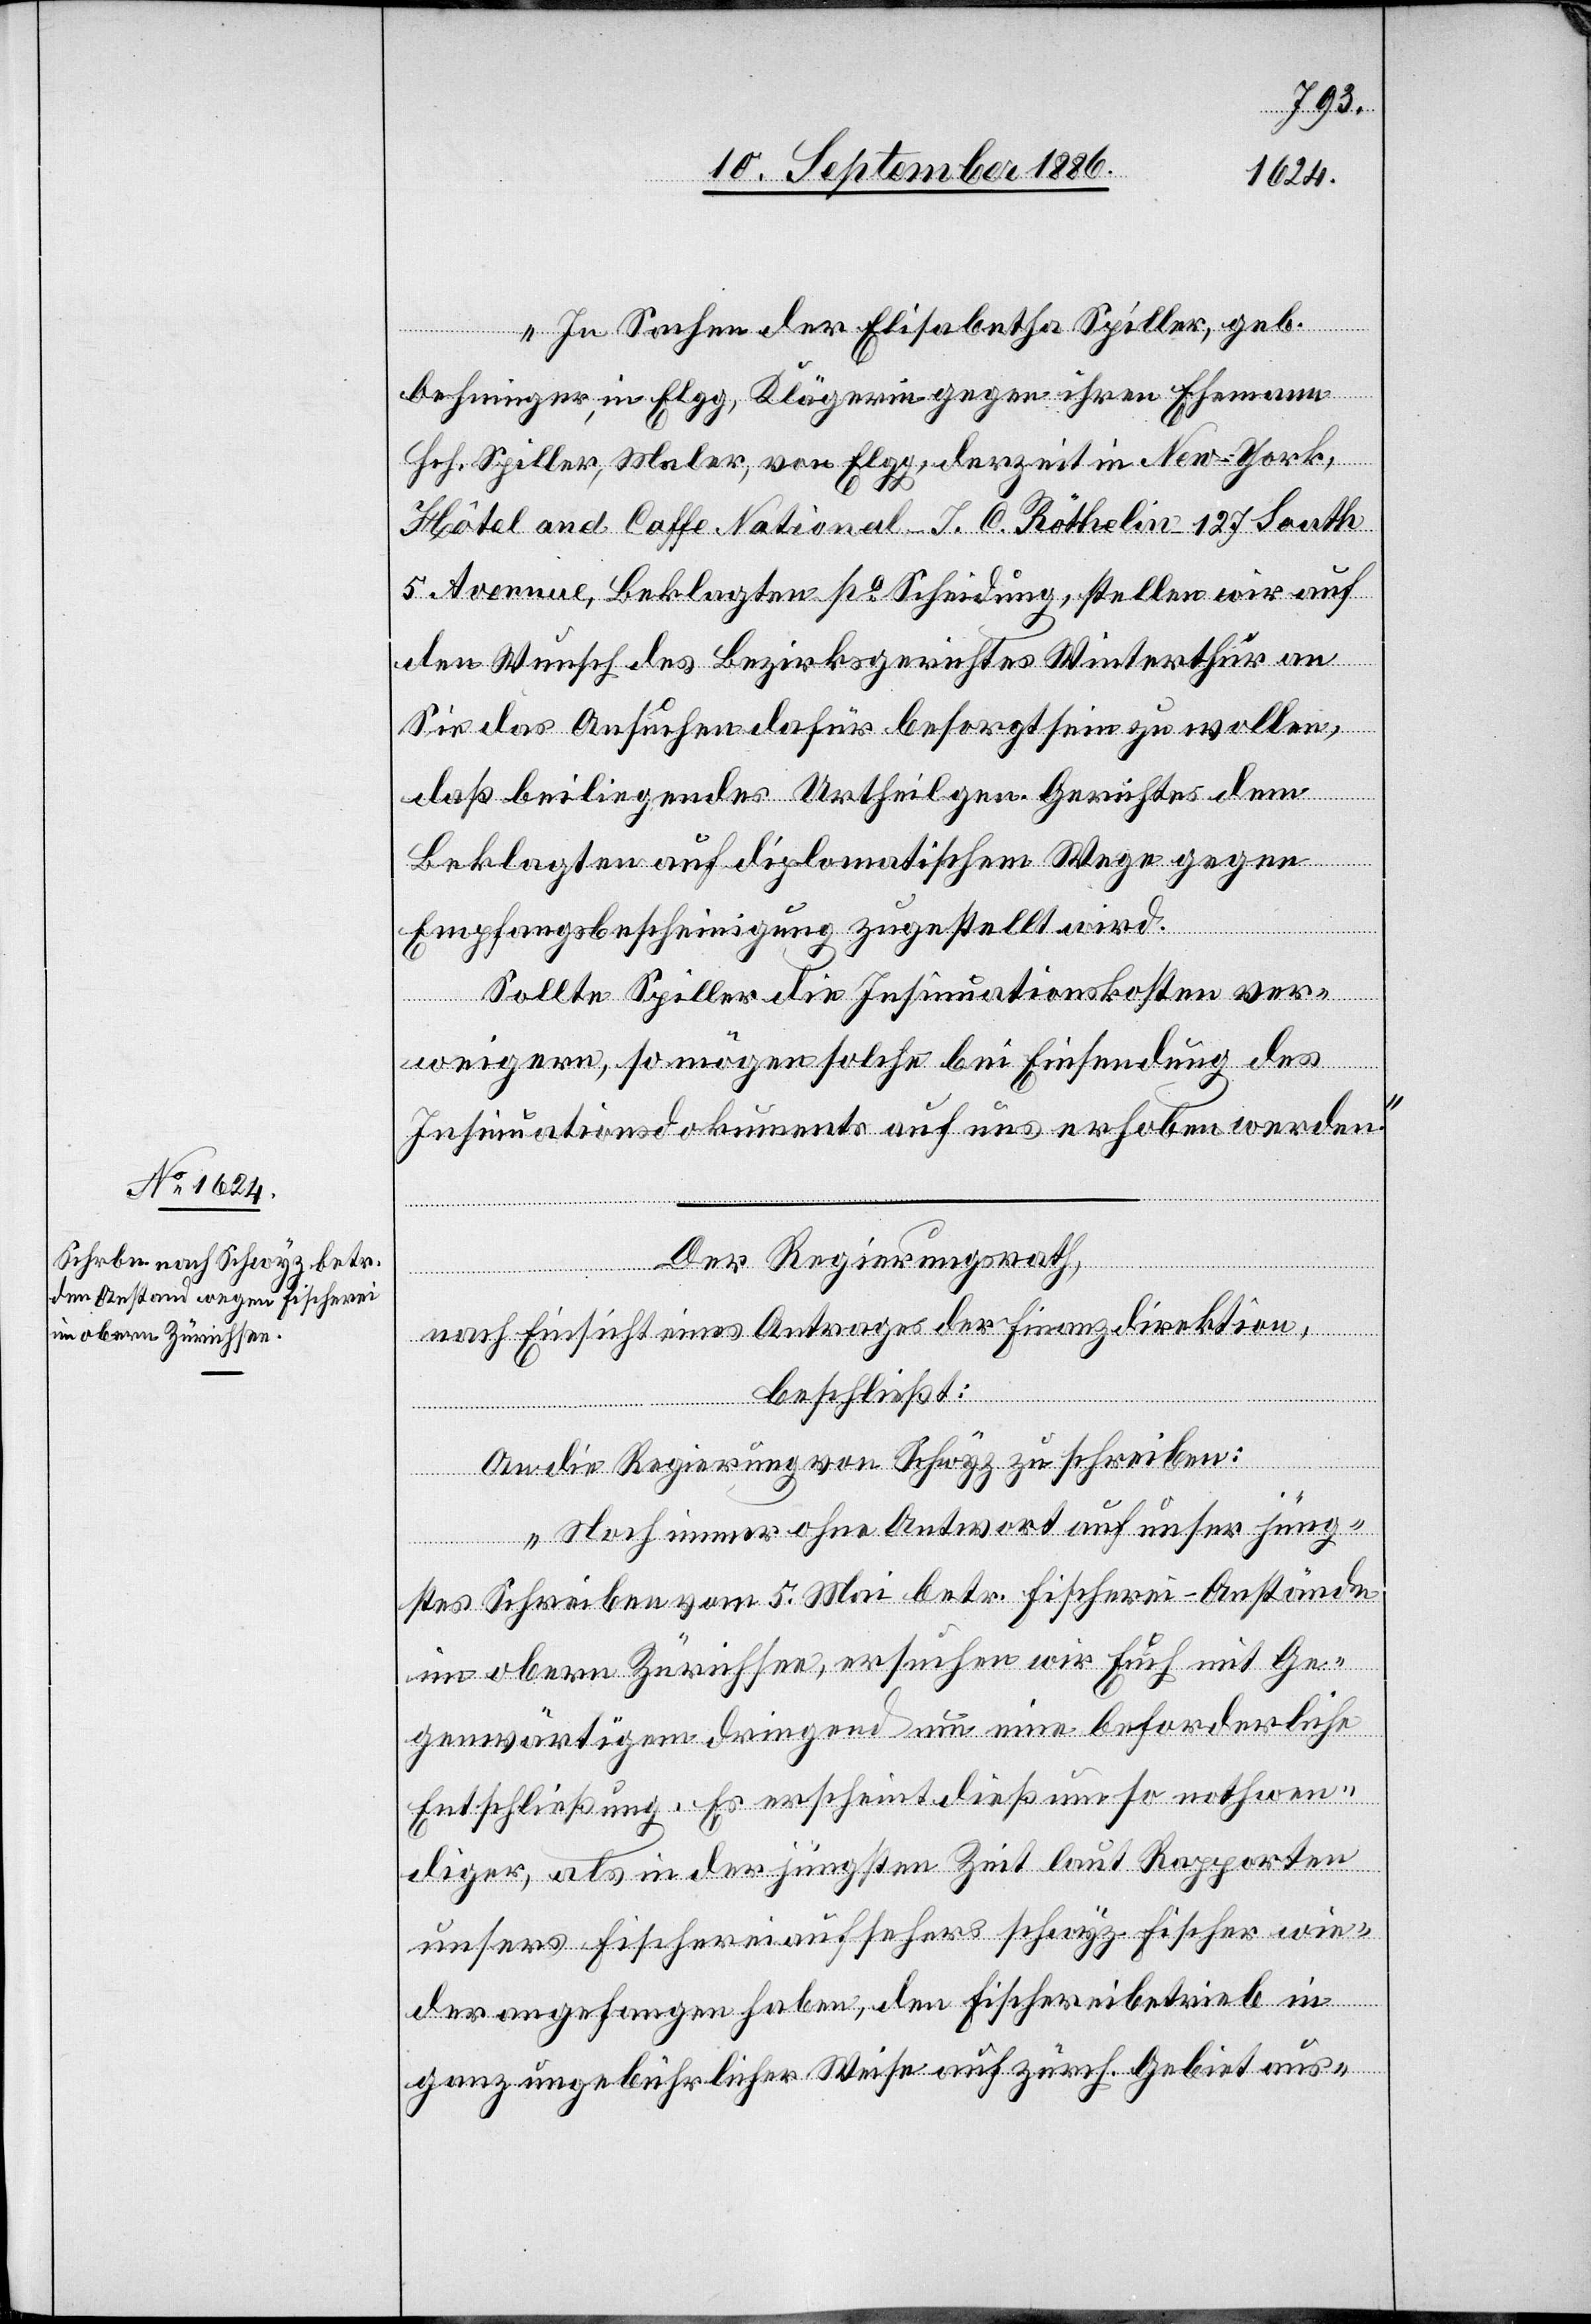
11. September 1886.]
„In Sachen der Elisabeth Spiller, geb.
Oehninger, in Elgg, Klägerin gegen ihren Ehemann
Hch. Spiller, Maler, von Elgg, derzeit in New-York,
Hôtel and Caffe National J. C. Röthelin 127 South
5 Avenue, Beklagten po Scheidung, stellen wir auf
den Wunsch des Bezirksgerichtes Winterthur an
Sie das Ansuchen dafür besorgt sein zu wollen,
daß beiliegendes Urtheil gen. Gerichtes dem
Beklagten auf diplomatischem Wege gegen
Empfangsbescheinigung zugestellt wird.
Sollte Spiller die Insinuationskosten ver¬
weigern, so mögen solche bei Einsendung des
Insinuationsdokuments auf uns erhoben werden.“
Der Regierungsrath,
nach Einsicht eines Antrages der Finanzdirektion,
beschließt:
fügungen.
An die Regierung von Schwyz zu schreiben:
„Noch immer ohne Antwort auf unser jüng¬
stes Schreiben vom 5. Mai betr. Fischerei-Anstände
im obern Zürichsee, ersuchen wir Euch mit Ge¬
genwärtigem dringend um eine beforderliche
Entschließung. Es erscheint dieß um so nothwen¬
diger, als in der jüngsten Zeit laut Rapporten
unsers Fischereiaufsehers schwyz. Fischer wie¬
der angefangen haben, den Fischereibetrieb in
ganz ungebührlicher Weise auf zürch. Gebiet aus-